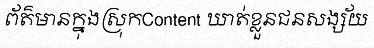
ព័ត៌មានក្នុងស្រុកContent ឃាត់ខ្លួនជនសង្ស័យ